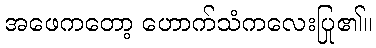
အဖေကတော့ ဟောက်သံကလေးပြု၏။